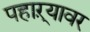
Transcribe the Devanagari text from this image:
पहाऱ्यावर